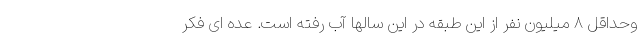
وحداقل ۸ میلیون نفر از این طبقه در این سالها آب رفته است. عده ای فکر